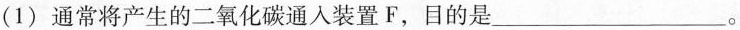
(1)通常将产生的二氧化碳通入装置F，目的是___。